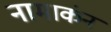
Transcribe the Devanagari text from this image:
नामाकंन